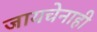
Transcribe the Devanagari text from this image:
जायचेनाही